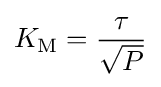
K_{\text{M}}={\frac {\tau }{\sqrt {P}}}